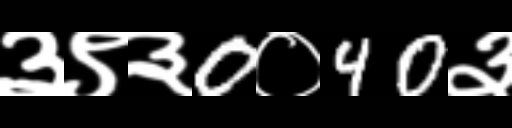
Text: ३९३0०40३